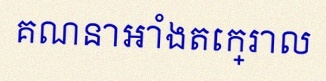
គណនាអាំងតេក្រាល